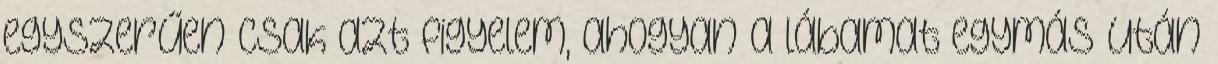
egyszerűen csak azt figyelem, ahogyan a lábamat egymás után